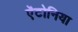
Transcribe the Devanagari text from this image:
ऐंटोनिया